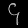
Digit: ၄